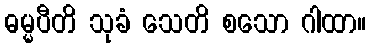
ဓမ္မပီတိ သုခံ သေတိ စသော ဂါထာ။